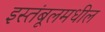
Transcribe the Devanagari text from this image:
इस्तंबूलमधील